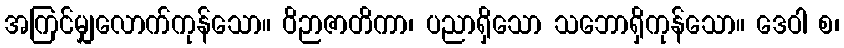
အကြင်မျှလောက်ကုန်သော။ ဝိဉာဇာတိကာ၊ ပညာရှိသော သဘောရှိကုန်သော။ ဒေဝါ စ၊